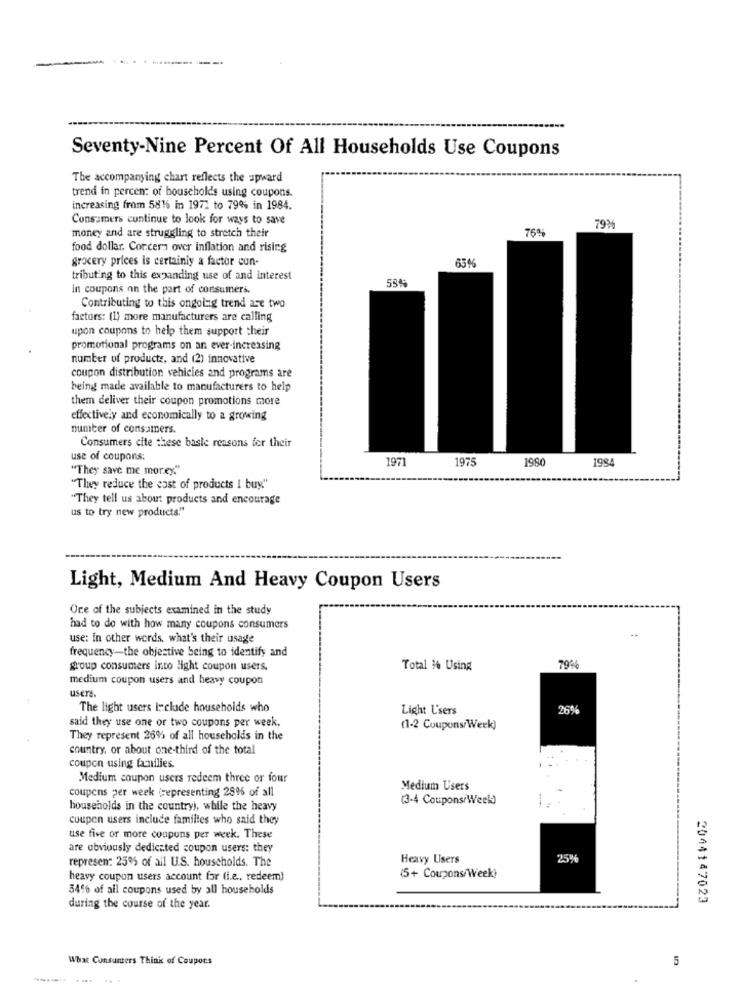
Seventy-Nine Percent Of All Households Use Coupons
The accompanying chart reflects the upward
trend in percent of households using coupons.
increasing from 5816 in 1971 to 79% in 1984.
Consumers continue to look for ways to save
money and are struggling to stretch their
76%
79%
food dollar. Concern over inflation and rising
grocery prices is certainly a factor cun-
tributing to this expanding use of and interest
In coupons on the part of consumers.
Contributing to this ongoing trend are two
factors: (1) more manufacturers are calling
upon coupons to help them support their
promotional programs on an ever-increasing
number of products, and (2) innovative
coupon distribution vehicles and programs are
being made available to manufacturers to help
them deliver their coupon promotions more
effectively and economically to a growing
number of consumers.
Consumers cite these basle reasons fer their
use of coupons:
1977
1975
1980
198
"They save me morey."
"They reduce the cost of products I buy."
"They tell us about products and encourage
us to try new products."
Light, Medium And Heavy Coupon Users
Oce of the subjects examined in the study
had to do with how many coupons consumers
use: in other words, what's their usage
frequency-the objective being to identify and
79%
group consumers into light coupon users.
Total 36 Using
medium coupon users and heavy coupon
users.
The light users include households who
Light Users
264
said they use one or two coupons per week.
(1-2 Coupons/Week)
They represent 26% of all households in the
country, or about one-third of the total
coupon using families.
Medium coupon users redeem three or four
coupons per week representing 28% of all
Medium Users
(3-4 Coupons/Week)
households in the country), while the heavy
coupen users include familles who said they
use five or more coupons per week. These
are obviously dedicated coupon users: they
represen: 259% of all U.S. households. The
Heavy Users
25%
heavy coupon users account for (i.e ., redeem)
(5+ Coupons/Week)
3416 of all coupons used by all households
2044147023
during the course of the year.
What Consumers Think of Coupors
5
--.... ....